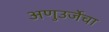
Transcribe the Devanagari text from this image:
अणुउर्जेचा